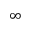
\infty